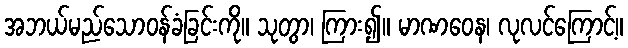
အဘယ်မည်သောဝန်ခံခြင်းကို။ သုတွာ၊ ကြား၍။ မာဏဝေန၊ လုလင်ကြောင့်။